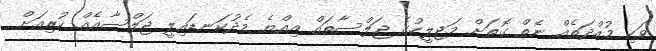
ވަކި މުއްދަތެއް ނެތް ގޮތަށް މަޖިލީހުގެ ޖަލްސާތައް އިއްޔެ މެދުކަނޑައިލީ ޖަލްސާއެއް ކުރިއަށް